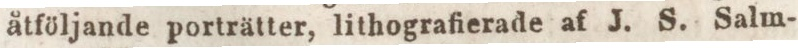
åtföljande porträtter, lithografierade af J. S. Salm-